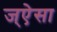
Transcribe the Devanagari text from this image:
ज्ऐसा